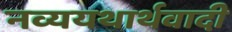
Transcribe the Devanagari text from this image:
नव्ययथार्थवादी